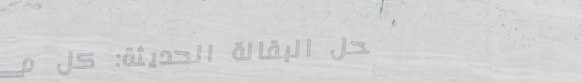
محل البقالة الحديثة: كل م